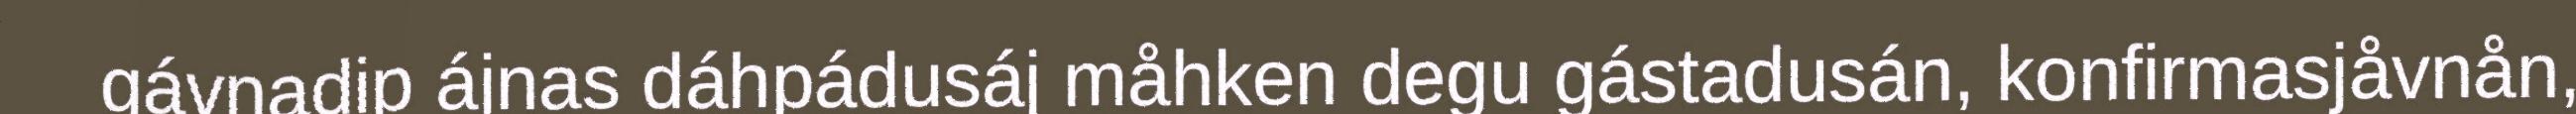
gávnadip ájnas dáhpádusáj måhken degu gástadusán, konfirmasjåvnån,